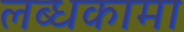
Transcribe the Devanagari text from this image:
लब्धकामा